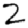
Digit: 2